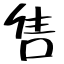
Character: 售